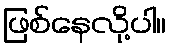
ဖြစ်နေလို့ပါ။